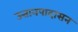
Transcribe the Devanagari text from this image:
उत्तानपादासन